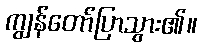
ကျွန်တော်ပြာသွား၏။